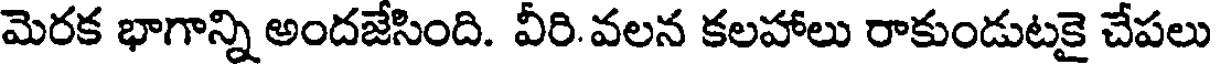
మెరక భాగాన్ని అందజేసింది. వీరి. వలన కలహాలు రాకుండుటకై చేపలు